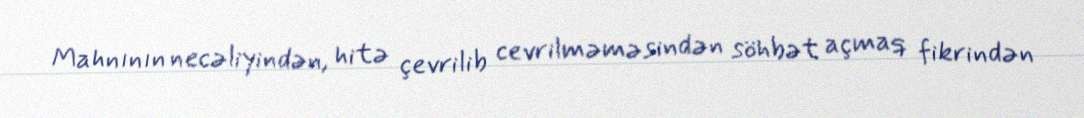
Mahnının necəliyindən, hitə çevrilib cevrilməməsindən söhbət açmaq fikrindən